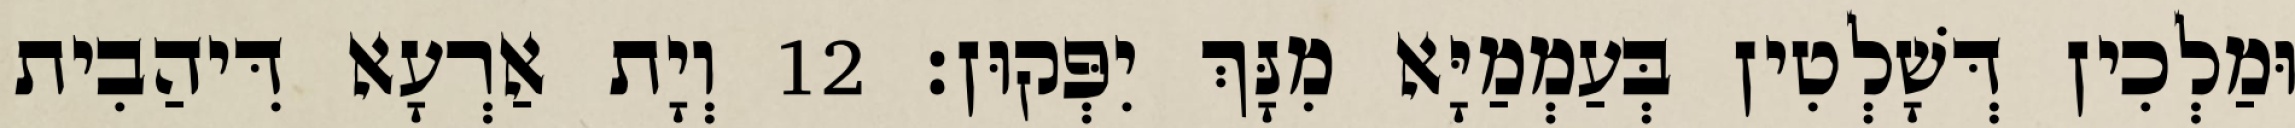
וּמַלְכִין דְּשָׁלְטִין בְּעַמְמַיָּא מִנָּךְ יִפְּקוּן׃ 12 וְיָת אַרְעָא דִּיהַבִית